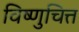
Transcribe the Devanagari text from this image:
विष्णुचित्त